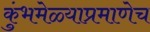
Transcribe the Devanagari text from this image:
कुंभमेळ्याप्रमाणेच